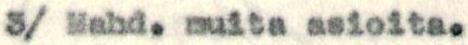
3/ Mahd. muita asioita.